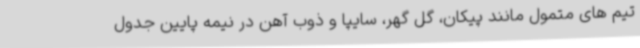
تیم های متمول مانند پیکان، گل گهر، سایپا و ذوب آهن در نیمه پایین جدول